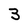
Character: 3